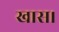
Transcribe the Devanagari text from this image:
खास।